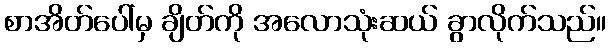
စာအိတ်ပေါ်မှ ချိတ်ကို အလောသုံးဆယ် ခွာလိုက်သည်။